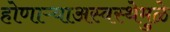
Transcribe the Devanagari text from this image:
होणाऱ्याअस्वस्थेमुळे